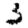
Digit: 3